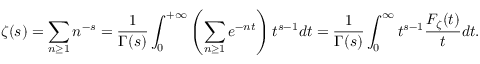
\zeta ( s ) = \sum _ { n \geq 1 } n ^ { - s } = { \frac { 1 } { \Gamma ( s ) } } \int _ { 0 } ^ { + \infty } \left( \sum _ { n \geq 1 } e ^ { - n t } \right) t ^ { s - 1 } d t = { \frac { 1 } { \Gamma ( s ) } } \int _ { 0 } ^ { \infty } t ^ { s - 1 } { \frac { F _ { \zeta } ( t ) } { t } } d t .